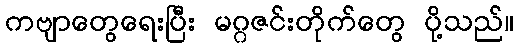
ကဗျာတွေရေးပြီး မဂ္ဂဇင်းတိုက်တွေ ပို့သည်။